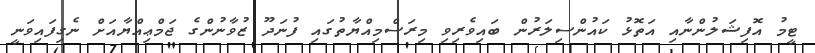
ޓީމު އޮފިޝަލުންނާއި އަތޮޅު ކައުންސިލަރުން ބައިވެރިވި މިރަސްމިއްޔާތުގައި ފުނަދޫ ޒުވާނުންގެ ޖަމްޢިއްޔާއަށް ނެގިފައިވަނީ